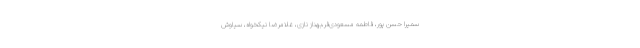
سمیرا حسن پور، فاطمه مسعودی‌فر،بهناز نازی، غلامرضا نیکخواه، سیاوش